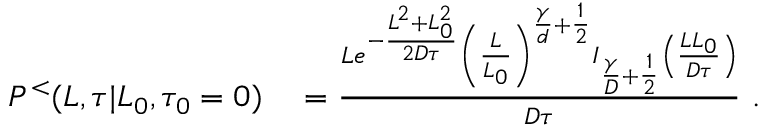
\begin{array} { r l } { P ^ { < } ( L , \tau | L _ { 0 } , \tau _ { 0 } = 0 ) } & { { } = \frac { L e ^ { - \frac { L ^ { 2 } + L _ { 0 } ^ { 2 } } { 2 D \tau } } \left( \frac { L } { L _ { 0 } } \right) ^ { \frac { \gamma } { d } + \frac { 1 } { 2 } } I _ { \frac { \gamma } { D } + \frac { 1 } { 2 } } \left( \frac { L L _ { 0 } } { D \tau } \right) } { D \tau } \ . } \end{array}